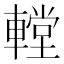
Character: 𨎋